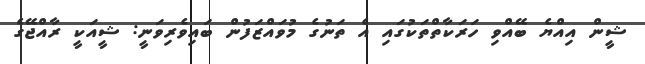
ޝީން އިއްޔެ ބޭއްވި ހަރަކާތްތަކުގައި އެ ތަނުގެ މުވައްޒަފުން ބައިވެރިވަނީ: ޝީއަކީ ރާއްޖޭގެ